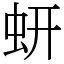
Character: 蚈